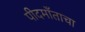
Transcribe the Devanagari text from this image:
पीदमाँताचा